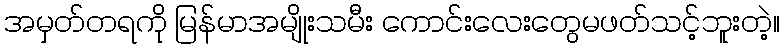
အမှတ်တရကို မြန်မာအမျိုးသမီး ကောင်းလေးတွေမဖတ်သင့်ဘူးတဲ့။